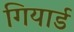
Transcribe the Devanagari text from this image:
गियार्ड